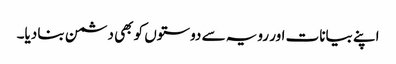
اپنے بیانات اور رویہ سے دوستوں کو بھی دشمن بنا دیا۔